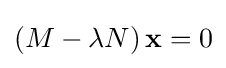
\left(M-\lambda N\right)\mathbf {x} =0